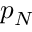
p _ { N }